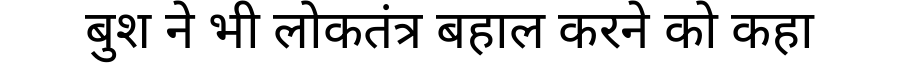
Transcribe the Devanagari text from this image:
बुश ने भी लोकतंत्र बहाल करने को कहा